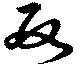
數